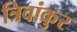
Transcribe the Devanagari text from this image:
त्रिवांकुर